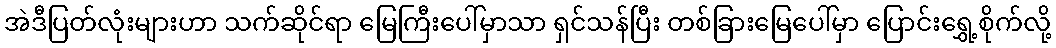
အဲဒီပြတ်လုံးများဟာ သက်ဆိုင်ရာ မြေကြီးပေါ်မှာသာ ရှင်သန်ပြီး တစ်ခြားမြေပေါ်မှာ ပြောင်းရွှေ့စိုက်လို့